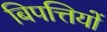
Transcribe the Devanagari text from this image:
बिपत्तियों